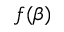
f ( \beta )